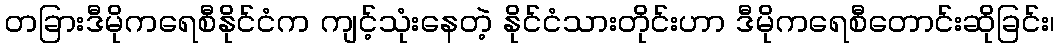
တခြားဒီမိုကရေစီနိုင်ငံက ကျင့်သုံးနေတဲ့ နိုင်ငံသားတိုင်းဟာ ဒီမိုကရေစီတောင်းဆိုခြင်း၊